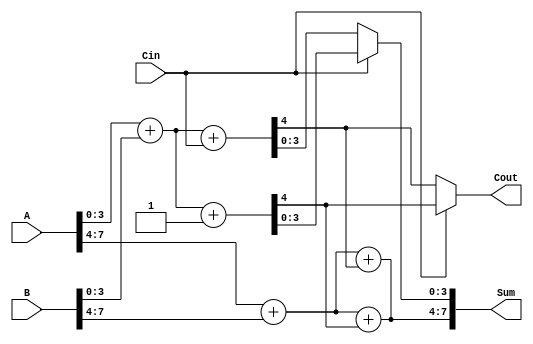
module carry_select_adder (
    input [7:0] A,        // 8-bit input A
    input [7:0] B,        // 8-bit input B
    input Cin,            // Carry-in
    output [7:0] Sum,     // 8-bit Sum output
    output Cout           // Carry-out
);

    // Internal signals for the blocks
    wire [3:0] S0, S1;    // Sum outputs for block 0 (0 carry) and block 1 (1 carry)
    wire C0, C1;          // Carry outputs for block 0 (0 carry) and block 1 (1 carry)
    wire C0_next, C1_next; // Next carry outputs for the next block

    // Block 0 (Lower 4 bits)
    assign {C0, S0} = A[3:0] + B[3:0] + Cin;       // Sum and carry with Cin
    assign {C1, S1} = A[3:0] + B[3:0] + 1'b1;     // Sum and carry with Cin = 1

    // Block 1 (Upper 4 bits)
    assign {C0_next, Sum[7:4]} = A[7:4] + B[7:4] + C0;  // Sum and carry with C0
    assign {C1_next, Sum[7:4]} = A[7:4] + B[7:4] + C1;  // Sum and carry with C1

    // MUX for final sum output
    assign Sum[3:0] = (Cin == 1'b0) ? S0 : S1; // Select sum based on Cin
    assign Cout = (Cin == 1'b0) ? C0 : C1;    // Select carry-out based on Cin

endmodule